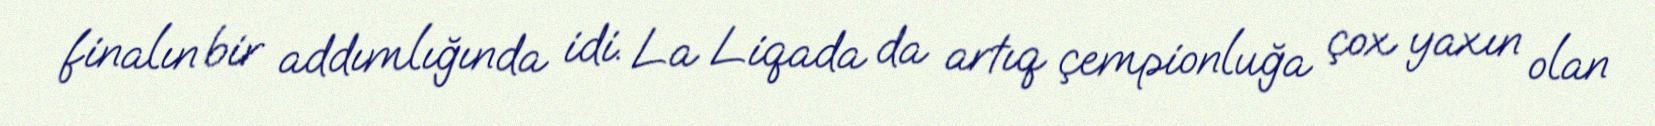
finalın bir addımlığında idi. La Liqada da artıq çempionluğa çox yaxın olan